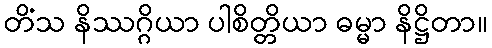
တိံသ နိဿဂ္ဂိယာ ပါစိတ္တိယာ ဓမ္မာ နိဋ္ဌိတာ။